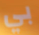
بي